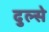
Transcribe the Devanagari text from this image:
दुल्से